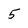
Character: 5